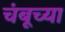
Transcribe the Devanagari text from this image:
चंबूच्या